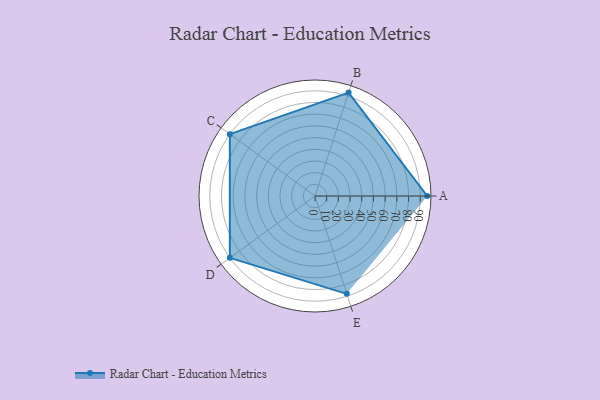
{"axis": {"x": "Skill", "y": "Score"}, "legend": ["Profile"], "data": [{"x": "A", "y": 96.0, "type": "Profile"}, {"x": "B", "y": 93.0, "type": "Profile"}, {"x": "C", "y": 90.0, "type": "Profile"}, {"x": "D", "y": 90.0, "type": "Profile"}, {"x": "E", "y": 88.0, "type": "Profile"}]}